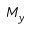
M _ { y }